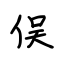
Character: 俣